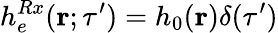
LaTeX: h_{e}^{Rx}({\mathbf r};\tau^{\prime})=h_{0}({\mathbf r})\delta(\tau^{\prime})